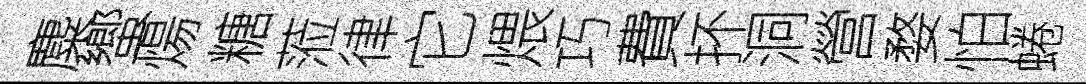
麋蠁煬糖蒞律它煨巧費抔洞營婺怕蜷